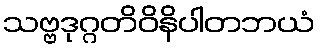
သဗ္ဗဒုဂ္ဂတိဝိနိပါတဘယံ